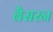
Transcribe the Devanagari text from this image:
बैसरन